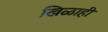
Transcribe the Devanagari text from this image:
खिळाही